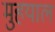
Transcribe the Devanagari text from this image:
मुहयाल